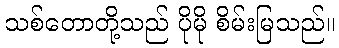
သစ်တောတို့သည် ပိုမို စိမ်းမြသည်။